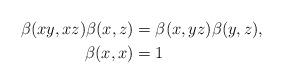
LaTeX: \begin{align*} \beta ( xy,xz)\beta ( x,z)&=\beta (x,yz) \beta ( y,z),\\ \beta ( x,x)&=1\end{align*}